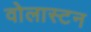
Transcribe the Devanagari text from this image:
वोलास्टन